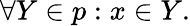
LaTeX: \forall Y\in p:x\in Y.